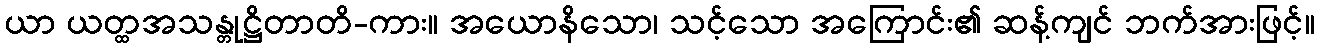
ယာ ယတ္ထအသန္တုဋ္ဌိတာတိ-ကား။ အယောနိသော၊ သင့်သော အကြောင်း၏ ဆန့်ကျင် ဘက်အားဖြင့်။